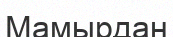
Мамырдан